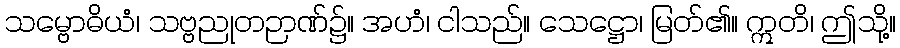
သမ္ဗောဓိယံ၊ သဗ္ဗညုတဉာဏ်၌။ အဟံ၊ ငါသည်။ သေဋ္ဌော၊ မြတ်၏။ ဣတိ၊ ဤသို့။